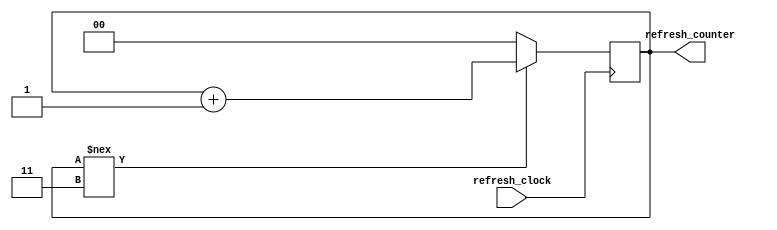
module refreshcounter(
	input refresh_clock,
	output reg [1:0] refresh_counter = 0

);

always@(posedge refresh_clock) 
begin
if (refresh_counter !== 2'b11)
		refresh_counter = refresh_counter + 1;
else
	refresh_counter = 2'b00;
end
endmodule